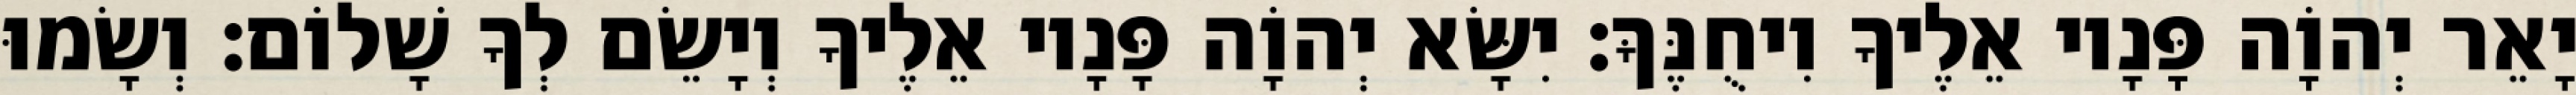
יָאֵר יְהוָֹה פָּנָיו אֵלֶיךָ וִיחֻנֶּךָּ׃ יִשָּׂא יְהוָֹה פָּנָיו אֵלֶיךָ וְיָשֵׂם לְךָ שָׁלוֹם׃ וְשָׂמוּ